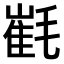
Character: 𣯯